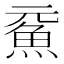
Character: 𩵶